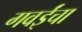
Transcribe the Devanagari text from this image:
गवईंचा